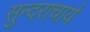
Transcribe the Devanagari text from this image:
सुन्दराचार्य